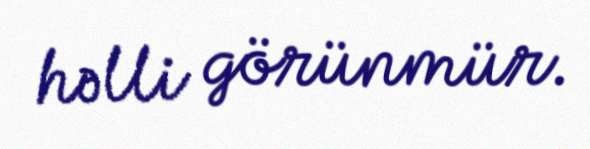
həlli görünmür.